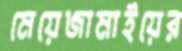
মেয়েজামাইয়ের